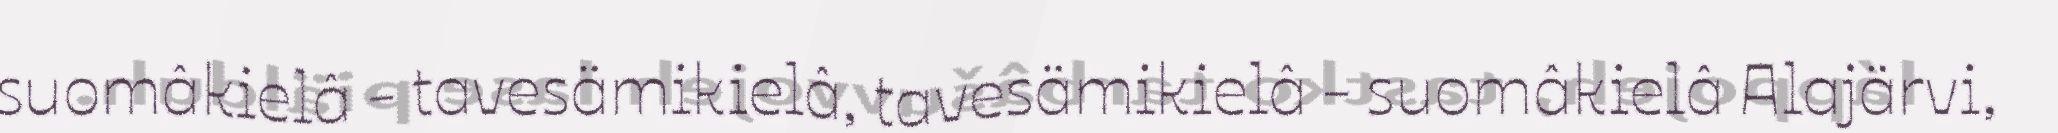
suomâkielâ - tavesämikielâ, tavesämikielâ - suomâkielâ Alajärvi,